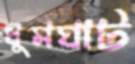
ধুমঘাট